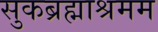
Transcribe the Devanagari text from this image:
सुकब्रह्माश्रमम